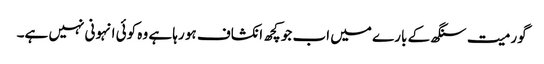
گورمیت سنگھ کے بارے میں اب جو کچھ انکشاف ہو رہا ہے وہ کوئی انہونی نہیں ہے۔